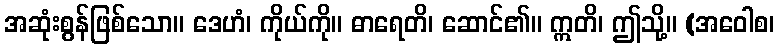
အဆုံးစွန်ဖြစ်သော။ ဒေဟံ၊ ကိုယ်ကို။ ဓာရေတိ၊ ဆောင်၏။ ဣတိ၊ ဤသို့။ (အဝေါစ၊